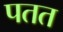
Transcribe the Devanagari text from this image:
पतत